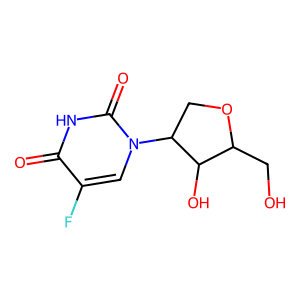
SMILES: O=c1[nH]c(=O)n(C2COC(CO)C2O)cc1F
Inhibits HIV replication: No